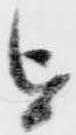
を